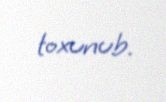
toxunub.